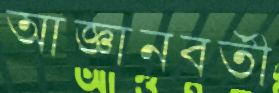
আজ্ঞানবর্তী